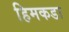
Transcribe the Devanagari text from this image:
हिमकडा